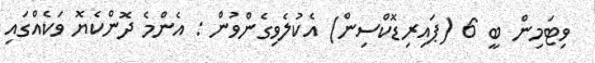
ވިޓަމިން ބީ 6 (ޕައިރިޑޮކްސިން) އެކުލެވިގެންވުން : އެންމެ ދޮންކެޔޮ ވަކެއްގައި